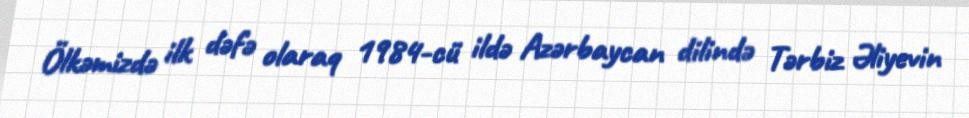
Ölkəmizdə ilk dəfə olaraq 1984-cü ildə Azərbaycan dilində Tərbiz Əliyevin